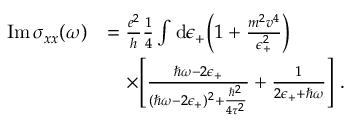
\begin{array} { r l } { \mathrm { I m } \, \sigma _ { x x } ( \omega ) } & { = \frac { e ^ { 2 } } { h } \frac { 1 } { 4 } \int \mathrm { d } \epsilon _ { + } \bigg ( 1 + \frac { m ^ { 2 } v ^ { 4 } } { \epsilon _ { + } ^ { 2 } } \bigg ) } \\ & { \quad \times \Bigg [ \frac { \hbar \omega - 2 \epsilon _ { + } } { ( \hbar \omega - 2 \epsilon _ { + } ) ^ { 2 } + \frac { \hbar ^ { 2 } } { 4 \tau ^ { 2 } } } + \frac { 1 } { 2 \epsilon _ { + } + \hbar \omega } \Bigg ] \ . } \end{array}